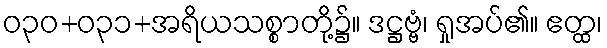
ဝ၃၀+၀၃၁+အရိယသစ္စာတို့၌။ ဒဋ္ဌဗ္ဗံ၊ ရှုအပ်၏။ ဧတ္ထ၊